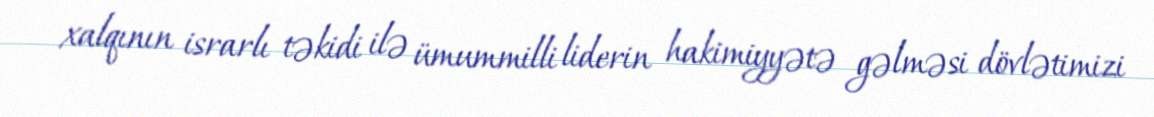
xalqının israrlı təkidi ilə ümummilli liderin hakimiyyətə gəlməsi dövlətimizi